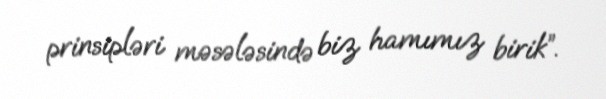
prinsipləri məsələsində biz hamımız birik”.